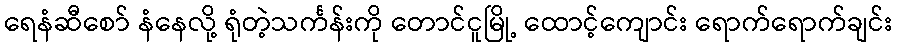
ရေနံဆီစော် နံနေလို့ ရုံတဲ့သင်္ကန်းကို တောင်ငူမြို့ ထောင့်ကျောင်း ရောက်ရောက်ချင်း